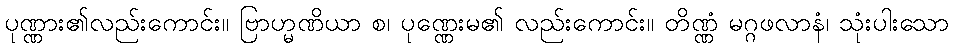
ပုဏ္ဏား၏လည်းကောင်း။ ဗြာဟ္မဏိယာ စ၊ ပုဏ္ဏေးမ၏ လည်းကောင်း။ တိဏ္ဏံ မဂ္ဂဖလာနံ၊ သုံးပါးသော